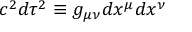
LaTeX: c ^ { 2 } d \tau ^ { 2 } \equiv g _ { \mu \nu } d x ^ { \mu } d x ^ { \nu }